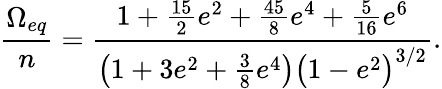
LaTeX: \frac{\Omega_{eq}}{n}=\frac{1+\frac{15}{2}e^{2}+\frac{45}{8}e^{4}+\frac{5}{16}e^{6}}{\left(1+3e^{2}+\frac{3}{8}e^{4}\right)\big(1-e^{2}\big)^{3/2}}.